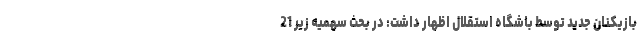
بازیکنان جدید توسط باشگاه استقلال اظهار داشت: در بحث سهمیه زیر 21